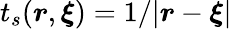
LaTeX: t_{s}(\boldsymbol{r},\boldsymbol{\xi})=1/|\boldsymbol{r}-\boldsymbol{\xi}|